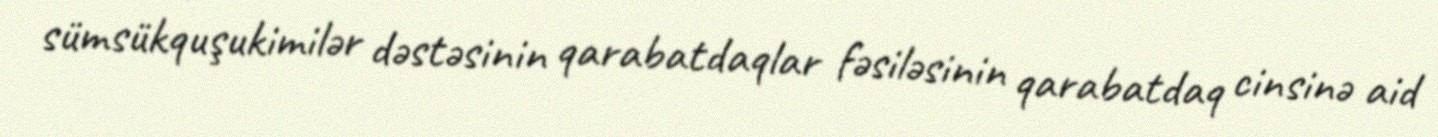
sümsükquşukimilər dəstəsinin qarabatdaqlar fəsiləsinin qarabatdaq cinsinə aid